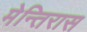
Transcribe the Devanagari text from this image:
मेन्तिरास